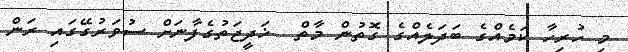
މި ހުރިހާ ކަމެއްގެ ބަދަލެއްގެ ގޮތުން މާތް  ޚަދީޖަތުގެފާނަށް ސުވަރުގޭގައި ރަން